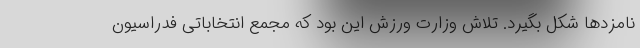
نامزدها شکل بگیرد. تلاش وزارت ورزش این بود که مجمع انتخاباتی فدراسیون